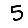
Digit: 5